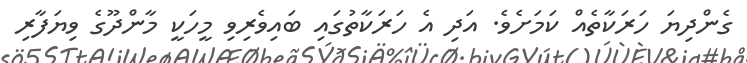
ގެންދިޔަ ހަރަކާތެއް ކަމަށެވެ. އަދި އެ ހަރަކާތުގައި ބައިވެރިވި މީހަކީ މާންދޫގެ ވިޔަފާރި